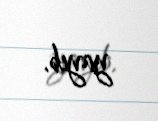
yayıb.